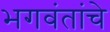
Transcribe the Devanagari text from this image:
भगवंतांचे